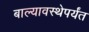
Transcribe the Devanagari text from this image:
बाल्यावस्थेपर्यंत